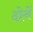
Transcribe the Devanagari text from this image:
दोनें